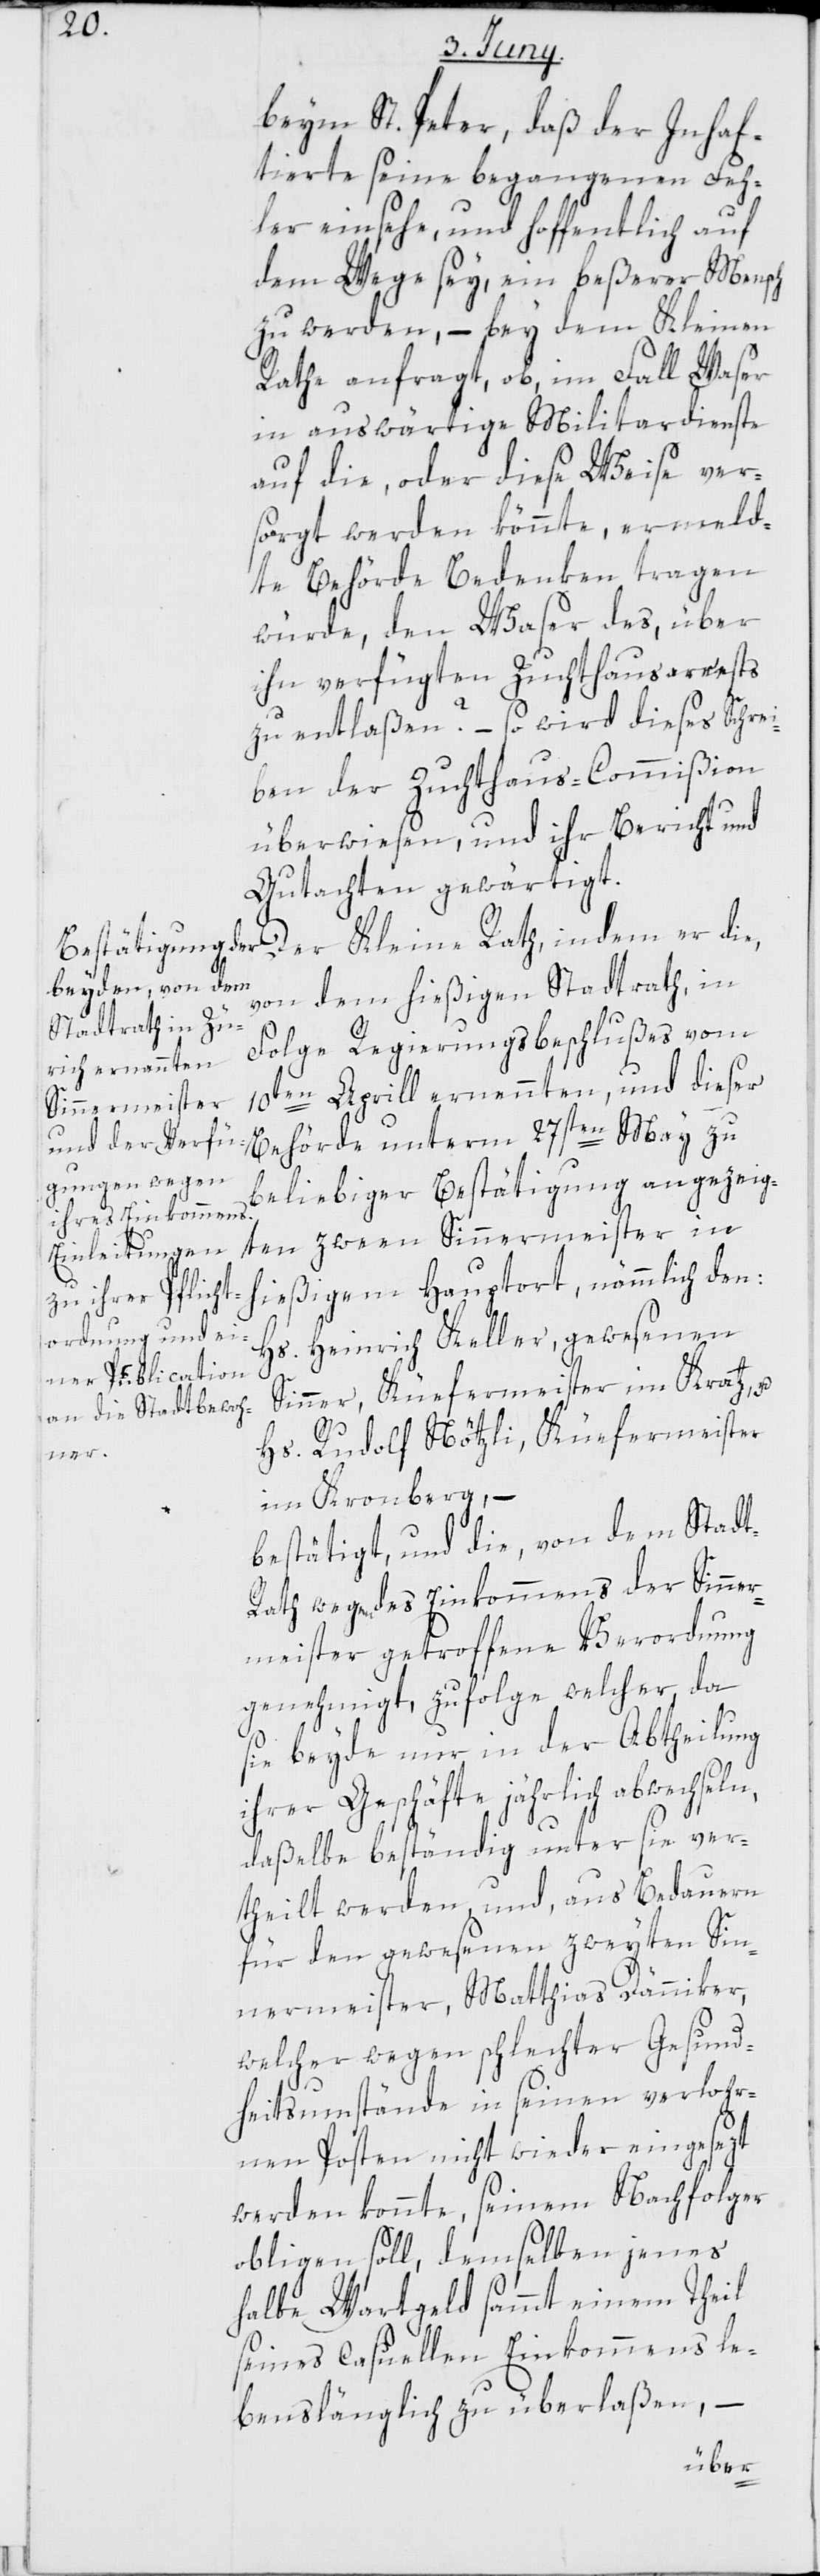
beym St. Peter, daß der Inhaf¬
tierte seine begangenen Feh¬
ler einsehe, und hoffentlich auf
dem Wege sey, ein beßerer Mensch
zu werden, – bey dem Kleinen
Rathe anfragt, ob im Fall Waser
in auswärtige Militairdienste
auf die oder diese Weise ver¬
sorgt werden könnte, ermeld¬
te Behörde Bedenken tragen
würde, den Waser des über
in verfügten Zuchthausarrests
zu entlaßen? – so wird dieses Schrei¬
ben der Zuchthaus-Commißion
überwiesen, und ihr Bericht und
Gutachten gewärtigt.
von dem hießigen Stadtrath, in
Folge Regierungsbeschlußes vom
10ten Aprill ernennten, und dieser
Behörde unterm 27sten May zu
t-R¬
beliebiger Bestätigung angezeig¬
u.
ten zween Sinnermeister in
hießigem Hauptort, nämmlich den:
Hs. Heinrich Keller, gewesenen
Sinner, Küefermeister im Kratz,
Hs. Rudolf Nötzli, Küefermeister
er
im Kronberg, –
bestätigt, und die, von dem Stad¬
ath wegen des Einkommens der Sinner¬
meister getroffene Verordnung
genehmigt, zufolge welcher, da
sie beyde nur in der Abtheilung
ihrer Geschäfte jährlich abwechseln,
daßelbe beständig unter sie ver¬
theilt werden, und, aus Bedauern
für den gewesenen zweyten Sin¬
nermeister, Matthias Dänniker,
welcher wegen schlechter Gesund¬
heitsumstände in seinen verlohr¬
nen Posten nicht wieder eingesezt
werden konnte, seinem Nachfolger
obliegen soll, demselben jenes
halbe Wartgeld sammt einem Theil
seines casuellen Einkommens le¬
benslänglich zu überlaßen, –